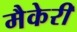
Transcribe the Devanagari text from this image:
मैकेरी